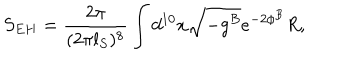
{ S _ { E H } = { \frac { 2 \pi } { ( 2 \pi l _ { S } ) ^ { 8 } } } \int d ^ { 1 0 } x \sqrt { - g ^ { B } } e ^ { - 2 \phi ^ { B } } R , }